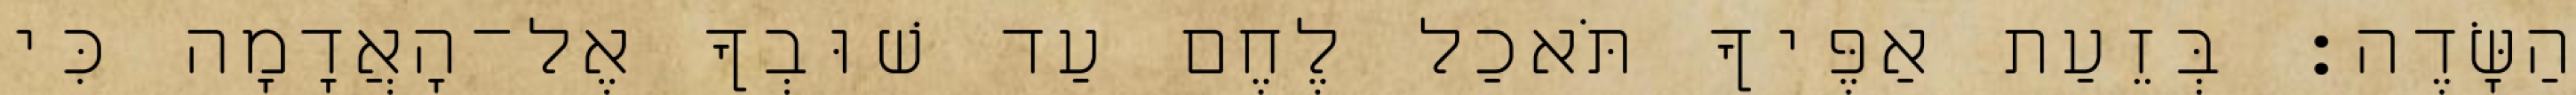
הַשָּׂדֶה׃ בְּזֵעַת אַפֶּיךָ תֹּאכַל לֶחֶם עַד שׁוּבְךָ אֶל־הָאֲדָמָה כִּי